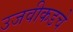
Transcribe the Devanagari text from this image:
उजवीकडचे